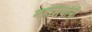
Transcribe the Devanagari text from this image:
महाशयांनी